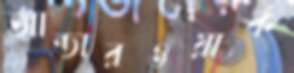
আন্ডারওয়ার্ক